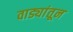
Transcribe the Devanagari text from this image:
वाड्यांतून